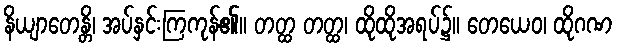
နိယျာတေန္တိ၊ အပ်နှင်းကြကုန်၏။ တတ္ထ တတ္ထ၊ ထိုထိုအရပ်၌။ တေယေဝ၊ ထိုဂဏ